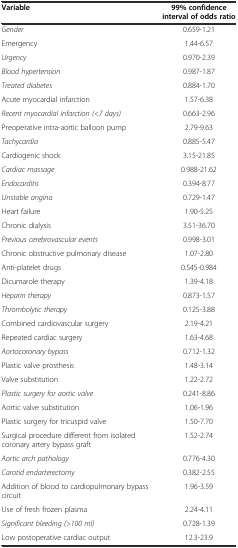
| Variable | 99% confidence interval of odds ratio |
 | --- | --- |
 | Gender | 0.659-1.21 |
 | Emergency | 1.44-6.57 |
 | Urgency | 0.970-2.39 |
 | Blood hypertension | 0.987-1.87 |
 | Treated diabetes | 0.884-1.70 |
 | Acute myocardial infarction | 1.57-6.38 |
 | Recent myocardial infarction (<7 days) | 0.663-2.96 |
 | Preoperative intra-aortic balloon pump | 2.79-9.63 |
 | Tachycardia | 0.885-5.47 |
 | Cardiogenic shock | 3.15-21.85 |
 | Cardiac massage | 0.988-21.62 |
 | Endocarditis | 0.394-8.77 |
 | Unstable angina | 0.729-1.47 |
 | Heart failure | 1.90-5.25 |
 | Chronic dialysis | 3.51-36.70 |
 | Previous cerebrovascular events | 0.998-3.01 |
 | Chronic obstructive pulmonary disease | 1.07-2.80 |
 | Anti-platelet drugs | 0.545-0.984 |
 | Dicumarole therapy | 1.39-4.18 |
 | Heparin therapy | 0.873-1.57 |
 | Thrombolytic therapy | 0.125-3.88 |
 | Combined cardiovascular surgery | 2.19-4.21 |
 | Repeated cardiac surgery | 1.63-4.68 |
 | Aortocoronary bypass | 0.712-1.32 |
 | Plastic valve prosthesis | 1.48-3.14 |
 | Valve substitution | 1.22-2.72 |
 | Plastic surgery for aortic valve | 0.241-8.86 |
 | Aortic valve substitution | 1.06-1.96 |
 | Plastic surgery for tricuspid valve | 1.50-7.70 |
 | Surgical procedure different from isolated coronary artery bypass graft | 1.52-2.74 |
 | Aortic arch pathology | 0.776-4.30 |
 | Carotid endarterectomy | 0.382-2.55 |
 | Addition of blood to cardiopulmonary bypass circuit | 1.96-3.59 |
 | Use of fresh frozen plasma | 2.24-4.11 |
 | Significant bleeding (>100 ml) | 0.728-1.39 |
 | Low postoperative cardiac output | 12.3-23.9 |